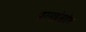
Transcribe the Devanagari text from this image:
परमहंसदेव